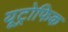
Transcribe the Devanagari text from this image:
यूट्रोफिक